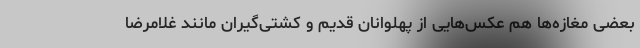
بعضی مغازه‌ها هم عکس‌هایی از پهلوانان قدیم و کشتی‌گیران مانند غلامرضا